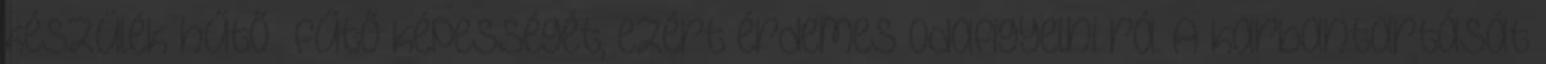
készülék hűtő fűtő képességét, ezért érdemes odafigyelni rá. A karbantartását